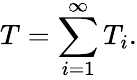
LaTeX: T=\sum_{i=1}^{\infty}T_{i}.